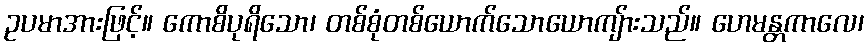
ဥပမာအားဖြင့်။ ကောစိပုရိသော၊ တစ်စုံတစ်ယောက်သောယောကျ်ားသည်။ ဟေမန္တကာလေ၊